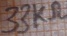
Text: 33KΩ